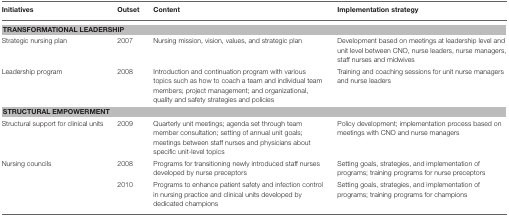
| Initiatives | Outset | Content | Implementation strategy |
 | --- | --- | --- | --- |
 | <COLSPAN=4> TRANSFORMATIONAL LEADERSHIP |
 | Strategic nursing plan | 2007 | Nursing mission, vision, values, and strategic plan | Development based on meetings at leadership level and unit level between CNO, nurse leaders, nurse managers, staff nurses and midwives |
 | Leadership program | 2008 | Introduction and continuation program with various topics such as how to coach a team and individual team members; project management; and organizational, quality and safety strategies and policies | Training and coaching sessions for unit nurse managers and nurse leaders |
 | <COLSPAN=4> STRUCTURAL EMPOWERMENT |
 | Structural support for clinical units | 2009 | Quarterly unit meetings; agenda set through team member consultation; setting of annual unit goals; meetings between staff nurses and physicians about specific unit-level topics | Policy development; implementation process based on meetings with CNO and nurse managers |
 | Nursing councils | 2008 | Programs for transitioning newly introduced staff nurses developed by nurse preceptors | Setting goals, strategies, and implementation of programs; training programs for nurse preceptors |
 |  | 2010 | Programs to enhance patient safety and infection control in nursing practice and clinical units developed by dedicated champions | Setting goals, strategies, and implementation of programs; training programs for champions |